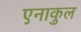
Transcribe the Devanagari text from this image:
एनाकुल